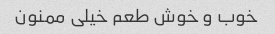
خوب و خوش طعم خیلی ممنون